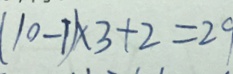
( 1 0 - 1 ) \times 3 + 2 = 2 9